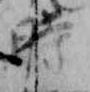
時